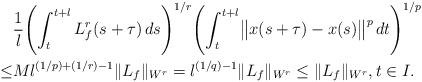
LaTeX: \begin{align*}&\frac{1}{l}\Biggl( \int^{t+l}_{t}L_{f}^{r}(s+\tau)\, ds\Biggr)^{1/r} \Biggl( \int^{t+l}_{t}\bigl\|x(s+\tau)-x(s)\bigr\|^{p}\, dt\Biggr)^{1/p}\\ \leq & M l^{(1/p)+(1/r)-1}\|L_{f}\|_{W^{r}}=l^{(1/q)-1}\|L_{f}\|_{W^{r}}\leq \|L_{f}\|_{W^{r}},t\in I.\end{align*}